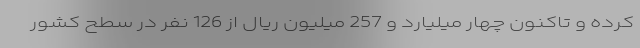
کرده و تاکنون چهار میلیارد و 257 میلیون ریال از 126 نفر در سطح کشور